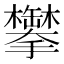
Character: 𬅍